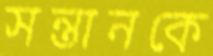
সন্তানকে